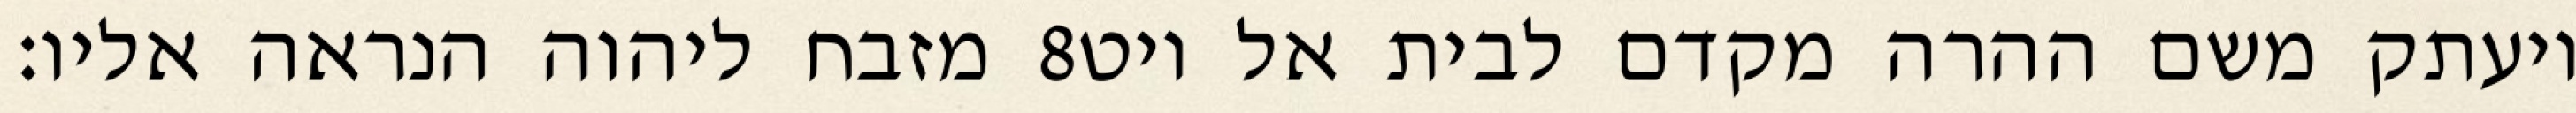
מזבח ליהוה הנראה אליו׃ ‎8‏ ויעתק משם ההרה מקדם לבית אל ויט